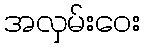
အလှမ်းဝေး